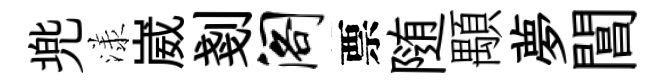
兠漾崴剗阁票随顒夢閶